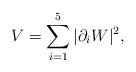
\begin{align*}V= \sum _{i=1} ^5 \vert\partial _i W \vert^2,\end{align*}